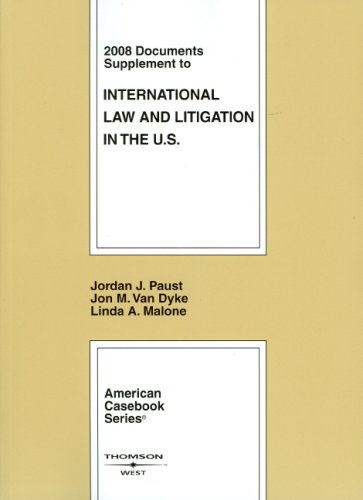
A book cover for International Law and Litigation in the United States: 2008 Documents Supplement (American Casebook Series); Jordan Paust; Law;